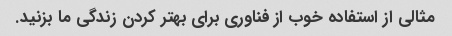
مثالی از استفاده خوب از فناوری برای بهتر کردن زندگی ما بزنید.